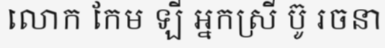
លោក កែម ឡី អ្នកស្រី ប៊ូ រចនា